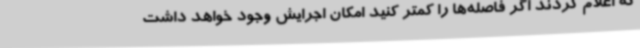
که اعلام کردند اگر فاصله‌ها را کمتر کنید امکان اجرایش وجود خواهد داشت